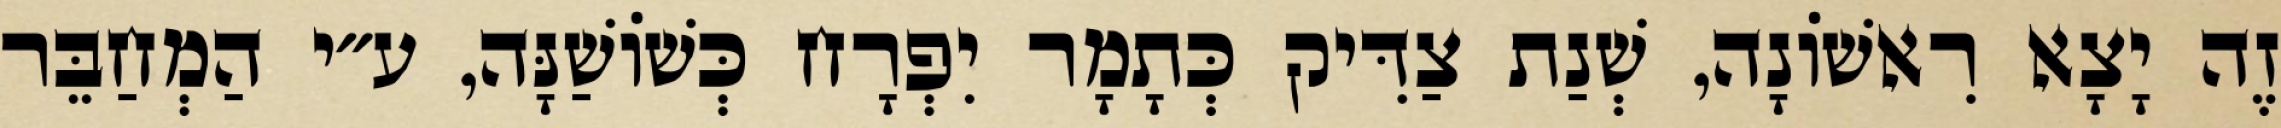
זֶה יָצָא רִאשׁוֹנָה, שְׁנַת צַדִּיק כְּתָמָר יִפְרָח כְּשׁוֹשַׁנָּה, ע״י הַמְחַבֵּר